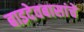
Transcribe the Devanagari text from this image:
बाइदेवबासांचे